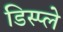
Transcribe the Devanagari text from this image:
डिस्‍प्‍ले